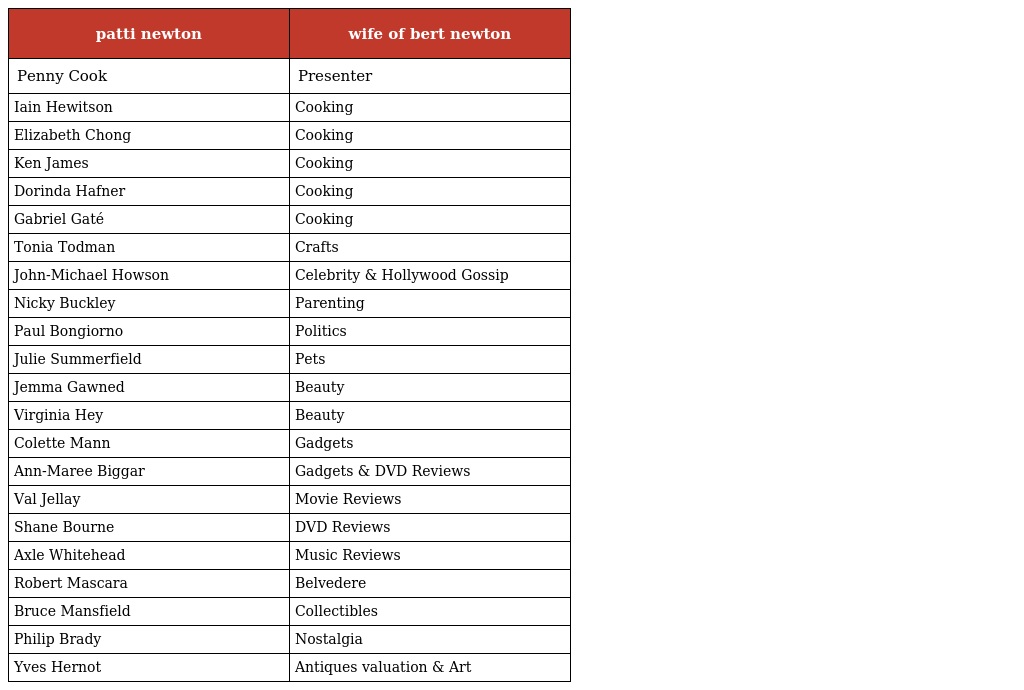
| patti newton | wife of bert newton |
 | --- | --- |
 | Penny Cook | Presenter |
 | Iain Hewitson | Cooking |
 | Elizabeth Chong | Cooking |
 | Ken James | Cooking |
 | Dorinda Hafner | Cooking |
 | Gabriel Gaté | Cooking |
 | Tonia Todman | Crafts |
 | John-Michael Howson | Celebrity & Hollywood Gossip |
 | Nicky Buckley | Parenting |
 | Paul Bongiorno | Politics |
 | Julie Summerfield | Pets |
 | Jemma Gawned | Beauty |
 | Virginia Hey | Beauty |
 | Colette Mann | Gadgets |
 | Ann-Maree Biggar | Gadgets & DVD Reviews |
 | Val Jellay | Movie Reviews |
 | Shane Bourne | DVD Reviews |
 | Axle Whitehead | Music Reviews |
 | Robert Mascara | Belvedere |
 | Bruce Mansfield | Collectibles |
 | Philip Brady | Nostalgia |
 | Yves Hernot | Antiques valuation & Art |